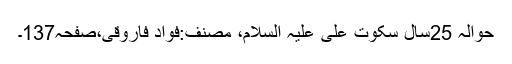
حوالہ 25سال سکوتِ علی علیہ السلام، مصنف:فواد فاروقی،صفحہ137۔